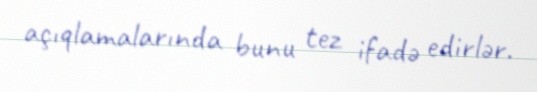
açıqlamalarında bunu tez ifadə edirlər.